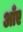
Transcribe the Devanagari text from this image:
आँए